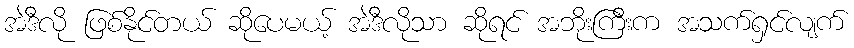
အဲဒီလို ဖြစ်နိုင်တယ် ဆိုပေမယ့် အဲဒီလိုသာ ဆိုရင် အဘိုးကြီးက အသက်ရှင်လျက်